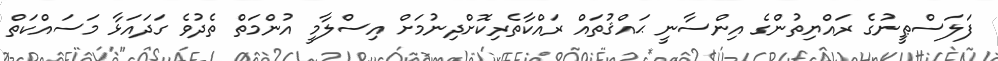
ފަލަސްޠީނުގެ ރައްޔިތުންގެ އިންސާނީ ޙައްޤުތައް ރައްކާތެރިކޮށްދިނުމަށް އިސްލާމީ އުންމަތް ތެދުވެ ގަދައަޅާ މަސައްކަތް